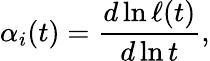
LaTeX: \alpha_{i}(t)=\frac{d\ln\ell(t)}{d\ln t},